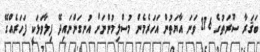
ބަޤަރާ ސޫރަތުގެ 216 ވަނަ އާޔަތުން އަހަރެމެން މުސްލިމުންނަށް އުނގަންނައިދޭ ފިލާވަޅަކީ ފަހަރެއްގޭ